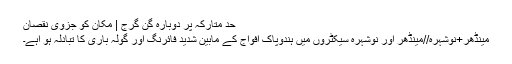
حد متارکہ پر دوبارہ گن گرج | مکان کو جزوی نقصان
مینڈھر+نوشہرہ//مینڈھر اور نوشہرہ سیکٹروں میں ہندوپاک افواج کے مابین شدید فائرنگ اور گولہ باری کا تبادلہ ہو اہے۔